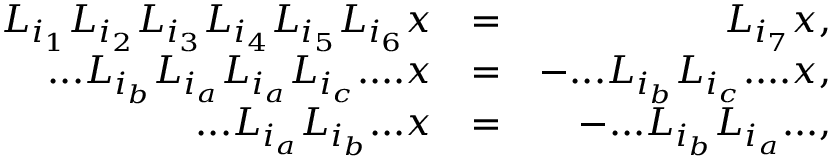
\begin{array} { r l r } { L _ { i _ { 1 } } L _ { i _ { 2 } } L _ { i _ { 3 } } L _ { i _ { 4 } } L _ { i _ { 5 } } L _ { i _ { 6 } } x } & { = } & { L _ { i _ { 7 } } x , } \\ { . . . L _ { i _ { b } } L _ { i _ { a } } L _ { i _ { a } } L _ { i _ { c } } . . . . x } & { = } & { - . . . L _ { i _ { b } } L _ { i _ { c } } . . . . x , } \\ { . . . L _ { i _ { a } } L _ { i _ { b } } . . . x } & { = } & { - . . . L _ { i _ { b } } L _ { i _ { a } } . . . , } \end{array}